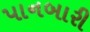
પાનબારી